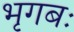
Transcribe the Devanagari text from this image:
भृगबः